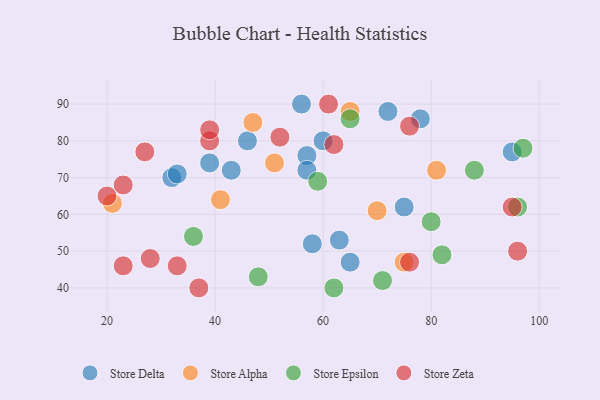
{"axis": {"x": "GDP", "y": "Life Expectancy"}, "legend": ["Store Alpha", "Store Delta", "Store Epsilon", "Store Zeta"], "data": [{"x": "57", "y": 76, "type": "Store Delta"}, {"x": "72", "y": 88, "type": "Store Delta"}, {"x": "46", "y": 80, "type": "Store Delta"}, {"x": "43", "y": 72, "type": "Store Delta"}, {"x": "78", "y": 86, "type": "Store Delta"}, {"x": "39", "y": 74, "type": "Store Delta"}, {"x": "60", "y": 80, "type": "Store Delta"}, {"x": "58", "y": 52, "type": "Store Delta"}, {"x": "32", "y": 70, "type": "Store Delta"}, {"x": "95", "y": 77, "type": "Store Delta"}, {"x": "33", "y": 71, "type": "Store Delta"}, {"x": "65", "y": 47, "type": "Store Delta"}, {"x": "57", "y": 72, "type": "Store Delta"}, {"x": "63", "y": 53, "type": "Store Delta"}, {"x": "56", "y": 90, "type": "Store Delta"}, {"x": "75", "y": 62, "type": "Store Delta"}, {"x": "47", "y": 85, "type": "Store Alpha"}, {"x": "65", "y": 88, "type": "Store Alpha"}, {"x": "41", "y": 64, "type": "Store Alpha"}, {"x": "75", "y": 47, "type": "Store Alpha"}, {"x": "21", "y": 63, "type": "Store Alpha"}, {"x": "51", "y": 74, "type": "Store Alpha"}, {"x": "70", "y": 61, "type": "Store Alpha"}, {"x": "81", "y": 72, "type": "Store Alpha"}, {"x": "96", "y": 62, "type": "Store Epsilon"}, {"x": "97", "y": 78, "type": "Store Epsilon"}, {"x": "88", "y": 72, "type": "Store Epsilon"}, {"x": "59", "y": 69, "type": "Store Epsilon"}, {"x": "62", "y": 40, "type": "Store Epsilon"}, {"x": "82", "y": 49, "type": "Store Epsilon"}, {"x": "80", "y": 58, "type": "Store Epsilon"}, {"x": "48", "y": 43, "type": "Store Epsilon"}, {"x": "71", "y": 42, "type": "Store Epsilon"}, {"x": "65", "y": 86, "type": "Store Epsilon"}, {"x": "36", "y": 54, "type": "Store Epsilon"}, {"x": "96", "y": 50, "type": "Store Zeta"}, {"x": "61", "y": 90, "type": "Store Zeta"}, {"x": "52", "y": 81, "type": "Store Zeta"}, {"x": "37", "y": 40, "type": "Store Zeta"}, {"x": "33", "y": 46, "type": "Store Zeta"}, {"x": "28", "y": 48, "type": "Store Zeta"}, {"x": "27", "y": 77, "type": "Store Zeta"}, {"x": "39", "y": 80, "type": "Store Zeta"}, {"x": "23", "y": 46, "type": "Store Zeta"}, {"x": "95", "y": 62, "type": "Store Zeta"}, {"x": "23", "y": 68, "type": "Store Zeta"}, {"x": "76", "y": 47, "type": "Store Zeta"}, {"x": "76", "y": 84, "type": "Store Zeta"}, {"x": "20", "y": 65, "type": "Store Zeta"}, {"x": "62", "y": 79, "type": "Store Zeta"}, {"x": "39", "y": 83, "type": "Store Zeta"}]}